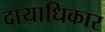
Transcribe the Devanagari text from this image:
दायाधिकार